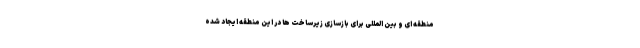
منطقه ای و بین المللی برای بازسازی زیرساخت ها در این منطقه ایجاد شده